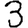
Digit: 3